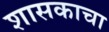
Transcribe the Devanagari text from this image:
शासकाचा